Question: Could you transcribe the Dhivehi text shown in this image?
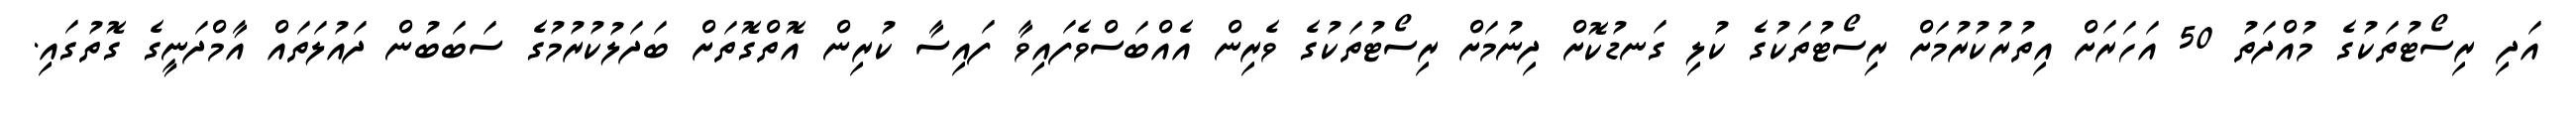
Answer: އަދި ރިސޯޓުތަކުގެ މުއްދަތު 50 އަހަރަށް އިތުރުކުރުމަށް ރިސޯޓުތަކުގެ ކުލި ގަނޑުކޮށް ދިނުމަށް ރިސޯޓުތަކުގެ ވެރިން އެއްބަސްވެފައިވާ ފައިސާ ކުރިން އޮތްގޮތަށް ބަދަލުކުރުމުގެ ސަބަބުން ދައުލަތައް އާމްދަނީގެ ގޮތުގައި.